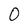
Character: O